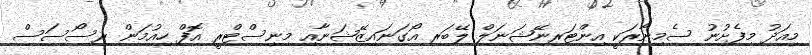
މިއަދު މިފެށުނު ސެމިނާރަކީ އިންޓަރނޭޝަނަލް ލޭބަރ އޯގަނައިޒޭޝަނާއި މިނިސްޓްރީ އޮފް ހިއުމަން ރިސޯސަސް